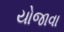
યોજાવા